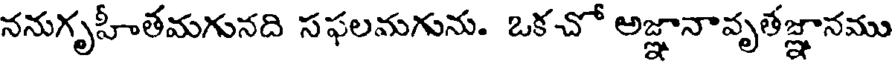
ననుగృహీతమగునది సఫలమగును. ఒకచో అజ్ఞానావృతేజ్ఞానము